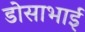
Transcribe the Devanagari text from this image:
डोसाभाई